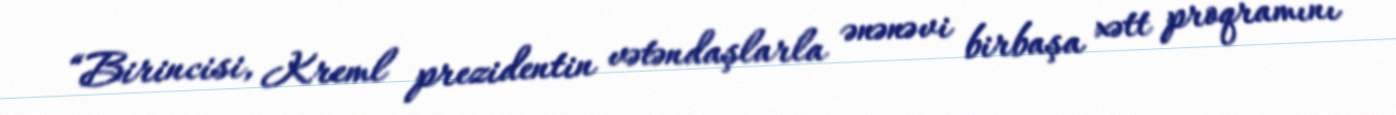
“Birincisi, Kreml prezidentin vətəndaşlarla ənənəvi birbaşa xətt proqramını